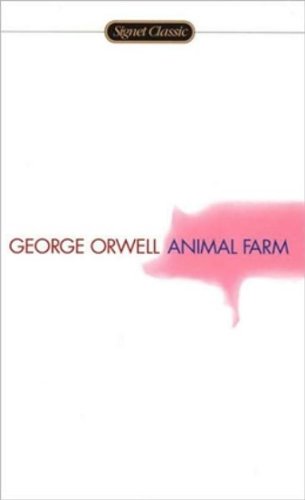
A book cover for Animal Farm, 50th  Anniversary Edition; George Orwell; Humor & Entertainment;